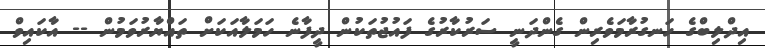
އިދްލިބްގެ ހަނގުރާމަވެރިން ގެންދަނީ ސަރުކާރުގެ ފައުޖުތަކުން ދީފާނެ ހަމަލާއަކަށް ތައްޔާރުވަމުން -- އާކައިވް